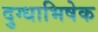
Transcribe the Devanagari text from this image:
दुग्‍धाभिषेक